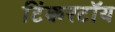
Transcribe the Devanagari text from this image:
टिंकरटॉय